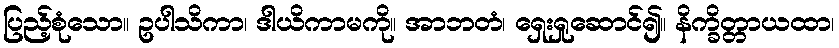
ပြည့်စုံသော။ ဥပါသိကာ၊ ဒါယိကာမကို။ အာဘတံ၊ ရှေးရှုဆောင်၍။ နိက္ခိတ္တာယထာ၊